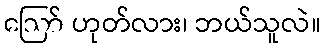
ဪ ဟုတ်လား၊ ဘယ်သူလဲ။